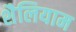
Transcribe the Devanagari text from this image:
शैलियाम